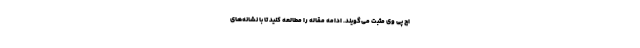
اچ پی وی مثبت می‌گویند. ادامه مقاله را مطالعه کنید تا با نشانه­های